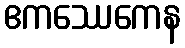
ဧကဿေကေန